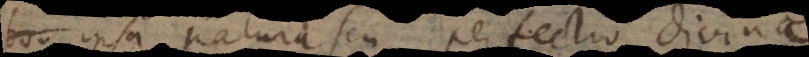
bon ipsa natura seu perfectio divina,